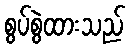
စွပ်စွဲထားသည်